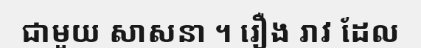
ជាមួយ សាសនា ។ រឿង រាវ ដែល